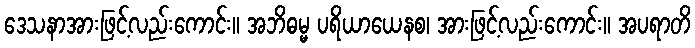
ဒေသနာအားဖြင့်လည်းကောင်း။ အဘိဓမ္မ ပရိယာယေနစ၊ အားဖြင့်လည်းကောင်း။ အပရာတိ